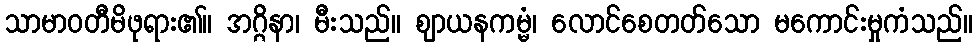
သာမာဝတီမိဖုရား၏။ အဂ္ဂိနာ၊ မီးသည်။ ဈာယနကမ္မံ၊ လောင်စေတတ်သော မကောင်းမှုကံသည်။